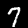
Digit: 7